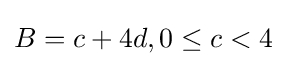
B=c+4d,0\leq c<4